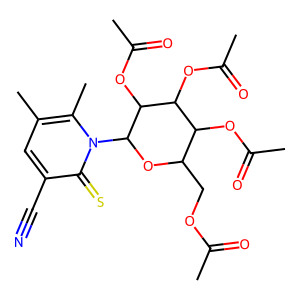
SMILES: CC(=O)OCC1OC(n2c(C)c(C)cc(C#N)c2=S)C(OC(C)=O)C(OC(C)=O)C1OC(C)=O
Inhibits HIV replication: No